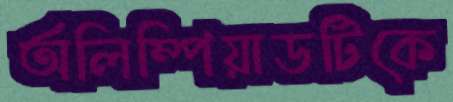
অলিম্পিয়াডটিকে